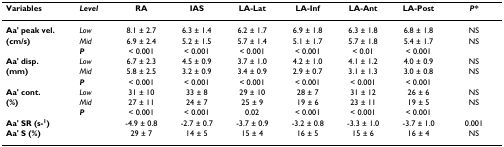
<table><thead><tr><td><b>Variables</b></td><td><b><i>Level</i></b></td><td><b>RA</b></td><td><b>IAS</b></td><td><b>LA-Lat</b></td><td><b>LA-Inf</b></td><td><b>LA-Ant</b></td><td><b>LA-Post</b></td><td><b><i>P*</i></b></td></tr></thead><tbody><tr><td><b>Aa&#x27; peak vel.</b></td><td><i>Low</i></td><td>8.1 ± 2.7</td><td>6.3 ± 1.4</td><td>6.2 ± 1.7</td><td>6.9 ± 1.8</td><td>6.3 ± 1.8</td><td>6.8 ± 1.8</td><td>NS</td></tr><tr><td><b>(cm/s)</b></td><td><i>Mid</i></td><td>6.9 ± 2.4</td><td>5.2 ± 1.5</td><td>5.7 ± 1.4</td><td>5.1 ± 1.7</td><td>5.7 ± 1.8</td><td>5.4 ± 1.7</td><td>NS</td></tr><tr><td></td><td><b><i>P</i></b></td><td>&lt; 0.001</td><td>&lt; 0.001</td><td>&lt; 0.001</td><td>&lt; 0.001</td><td>&lt; 0.01</td><td>&lt; 0.001</td><td></td></tr><tr><td><b>Aa&#x27; disp.</b></td><td><i>Low</i></td><td>6.7 ± 2.3</td><td>4.5 ± 0.9</td><td>3.7 ± 1.0</td><td>4.2 ± 1.0</td><td>4.1 ± 1.2</td><td>4.0 ± 0.9</td><td>NS</td></tr><tr><td><b>(mm)</b></td><td><i>Mid</i></td><td>5.8 ± 2.5</td><td>3.2 ± 0.9</td><td>3.4 ± 0.9</td><td>2.9 ± 0.7</td><td>3.1 ± 1.3</td><td>3.0 ± 0.8</td><td>NS</td></tr><tr><td></td><td><b><i>P</i></b></td><td>&lt; 0.001</td><td>&lt; 0.001</td><td>&lt; 0.001</td><td>&lt; 0.001</td><td>&lt; 0.001</td><td>&lt; 0.001</td><td></td></tr><tr><td><b>Aa&#x27; cont.</b></td><td><i>Low</i></td><td>31 ± 10</td><td>33 ± 8</td><td>29 ± 10</td><td>28 ± 7</td><td>31 ± 12</td><td>26 ± 6</td><td>NS</td></tr><tr><td><b>(%)</b></td><td><i>Mid</i></td><td>27 ± 11</td><td>24 ± 7</td><td>25 ± 9</td><td>19 ± 6</td><td>23 ± 11</td><td>19 ± 5</td><td>NS</td></tr><tr><td></td><td><b><i>P</i></b></td><td>&lt; 0.001</td><td>&lt; 0.001</td><td>0.02</td><td>&lt; 0.001</td><td>&lt; 0.001</td><td>&lt; 0.001</td><td></td></tr><tr><td><b>Aa&#x27; SR (s-<sup>1</sup>)</b></td><td></td><td>-4.9 ± 0.8</td><td>-2.7 ± 0.7</td><td>-3.7 ± 0.9</td><td>-3.2 ± 0.8</td><td>-3.3 ± 1.0</td><td>-3.7 ± 1.0</td><td>0.001</td></tr><tr><td><b>Aa&#x27; S (%)</b></td><td></td><td>29 ± 7</td><td>14 ± 5</td><td>15 ± 4</td><td>16 ± 5</td><td>15 ± 6</td><td>16 ± 4</td><td>NS</td></tr></tbody></table>